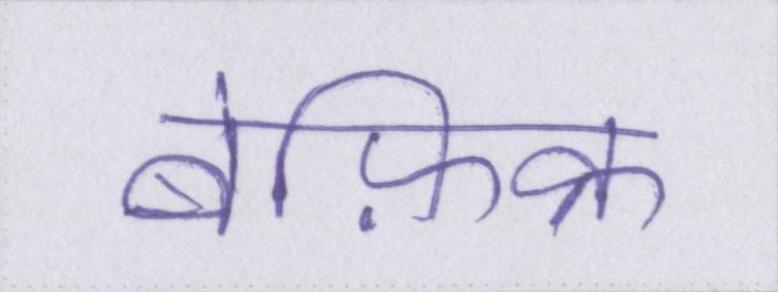
बेफ़िक्र